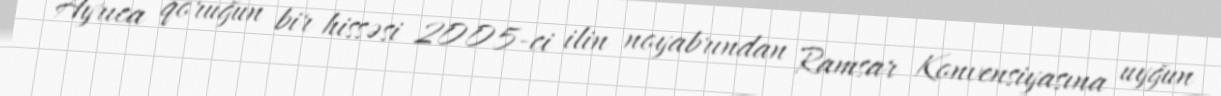
Ayrıca qoruğun bir hissəsi 2005-ci ilin noyabrından Ramsar Konvensiyasına uyğun